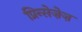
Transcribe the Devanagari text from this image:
प्रिन्सेज़ेज़